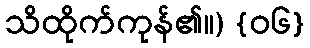
သိထိုက်ကုန်၏။) {၀၆}